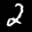
Label: 2